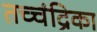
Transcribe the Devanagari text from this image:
तच्‍चंद्रिका